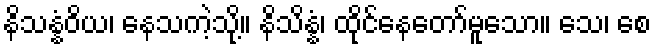
နိသန္နံဝိယ၊ နေသကဲ့သို့။ နိသိန္နံ၊ ထိုင်နေတော်မူသော။ သေ၊ စေ